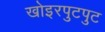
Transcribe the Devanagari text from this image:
खोइरपुटपुट